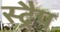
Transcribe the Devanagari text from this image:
स्ट्रैप